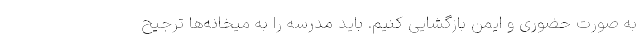
به صورت حضوری و ایمن بازگشایی کنیم. باید مدرسه را به میخانه‌ها ترجیح